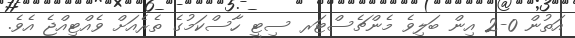
އަތުން 0-2 އިން ބަލިވެ މެންޗެސްޓަރ ސިޓީ ހާސްކަމުގެ ތެރެއަށް ވެއްޓިއްޖެ އެވެ.